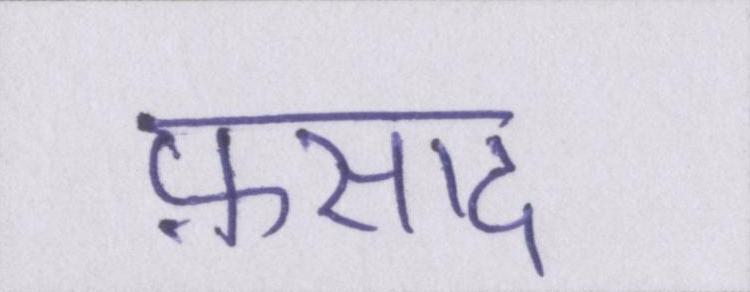
फ़साद